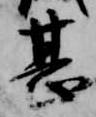
甚